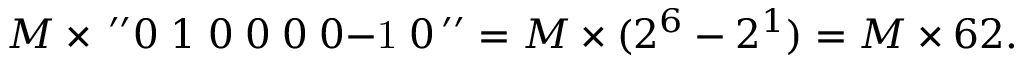
M \times \, ^ { \prime \prime } 0 \; 1 \; 0 \; 0 \; 0 \; 0 { \mathrm { - 1 } } \; 0 \, ^ { \prime \prime } = M \times ( 2 ^ { 6 } - 2 ^ { 1 } ) = M \times 6 2 .